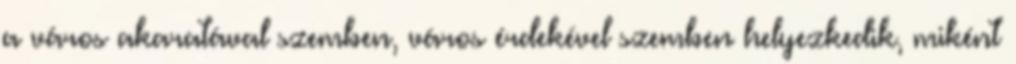
a város akaratával szemben, város érdekével szemben helyezkedik, miként